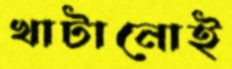
খাটানোই